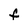
Character: F